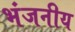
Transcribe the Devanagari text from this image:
भंजनीय